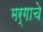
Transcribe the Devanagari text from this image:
मर्गाचे